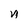
Character: n